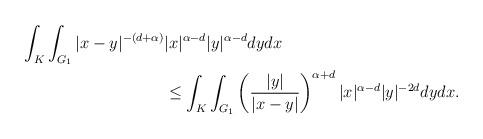
LaTeX: \begin{align*}\begin{aligned}\int_K\int_{G_1}|x-y|^{-(d+\alpha)}&|x|^{\alpha-d}|y|^{\alpha-d}dydx \\ &\leq \int_K\int_{G_1}\left(\frac{|y|}{|x-y|}\right )^{\alpha+d}|x|^{\alpha-d}|y|^{-2d}dydx.\end{aligned}\end{align*}